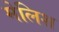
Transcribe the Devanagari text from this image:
मेलिश